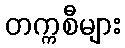
တက္ကစီများ